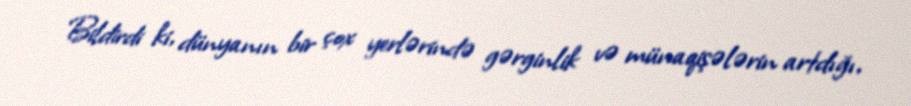
Bildirdi ki, dünyanın bir çox yerlərində gərginlik və münaqişələrin artdığı,